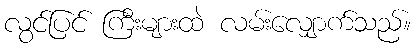
လွင်ပြင် ကြီးများထဲ လမ်းလျှောက်သည်။